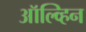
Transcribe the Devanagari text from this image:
ऑल्व्हिन